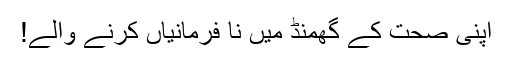
اپنی صحت کے گھمنڈ میں نا فرمانیاں کرنے والے!